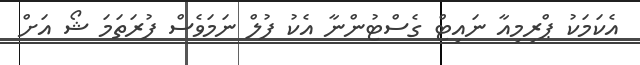
އެކަމަކު ޕްރިމިއާ ނައިޓް ގެސްޓުންނާ އެކު ފުލް ނަމަވެސް ފުރަތަމަ ޝޯ އަށް